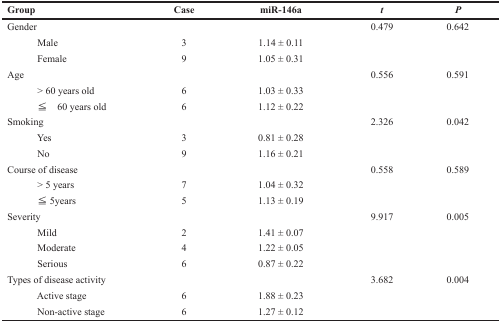
| Group | Case | miR-146a | t | P |
 | --- | --- | --- | --- | --- |
 | Gender |  |  | 0.479 | 0.642 |
 | Male | 3 | 1.14 ± 0.11 |  |  |
 | Female | 9 | 1.05 ± 0.31 |  |  |
 | Age |  |  | 0.556 | 0.591 |
 | > 60 years old | 6 | 1.03 ± 0.33 |  |  |
 | ≦ 60 years old | 6 | 1.12 ± 0.22 |  |  |
 | Smoking |  |  | 2.326 | 0.042 |
 | Yes | 3 | 0.81 ± 0.28 |  |  |
 | No | 9 | 1.16 ± 0.21 |  |  |
 | Course of disease |  |  | 0.558 | 0.589 |
 | > 5 years | 7 | 1.04 ± 0.32 |  |  |
 | ≦ 5years | 5 | 1.13 ± 0.19 |  |  |
 | Severity |  |  | 9.917 | 0.005 |
 | Mild | 2 | 1.41 ± 0.07 |  |  |
 | Moderate | 4 | 1.22 ± 0.05 |  |  |
 | Serious | 6 | 0.87 ± 0.22 |  |  |
 | Types of disease activity |  |  | 3.682 | 0.004 |
 | Active stage | 6 | 1.88 ± 0.23 |  |  |
 | Non-active stage | 6 | 1.27 ± 0.12 |  |  |